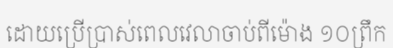
ដោយប្រើប្រាស់ពេលវេលាចាប់ពីម៉ោង ១០ព្រឹក